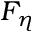
F _ { \eta }